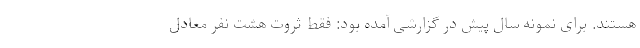
هستند. برای نمونه سال پیش در گزارشی آمده بود: فقط ثروت هشت نفر معادل